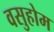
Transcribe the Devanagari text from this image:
वसुहोम